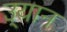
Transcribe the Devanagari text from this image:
उ्यान